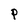
Character: P